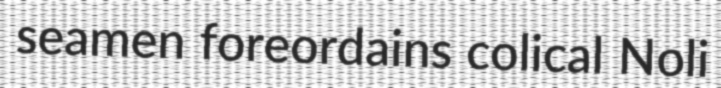
seamen foreordains colical Noli